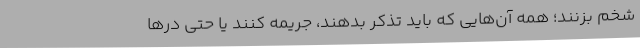
شخم بزنند؛ همه آن‌هایی که باید تذکر بدهند، جریمه کنند یا حتی درها